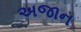
અજાન